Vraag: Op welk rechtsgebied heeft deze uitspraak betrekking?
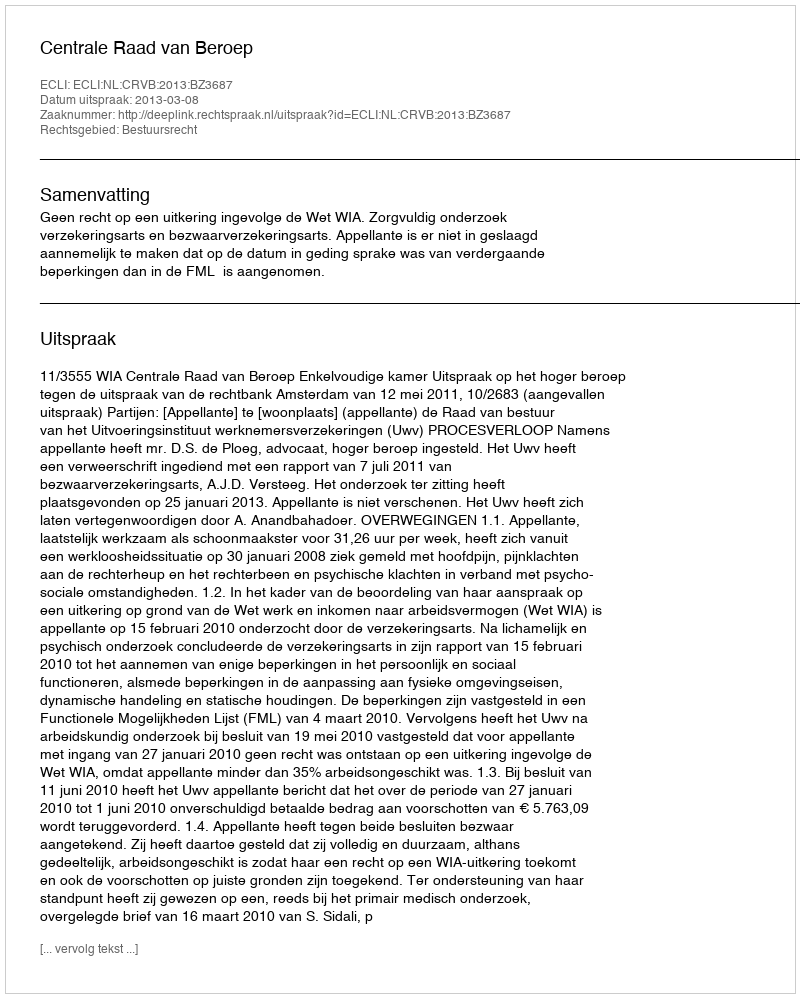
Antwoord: Bestuursrecht